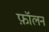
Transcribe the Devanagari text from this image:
फ़ॉलन